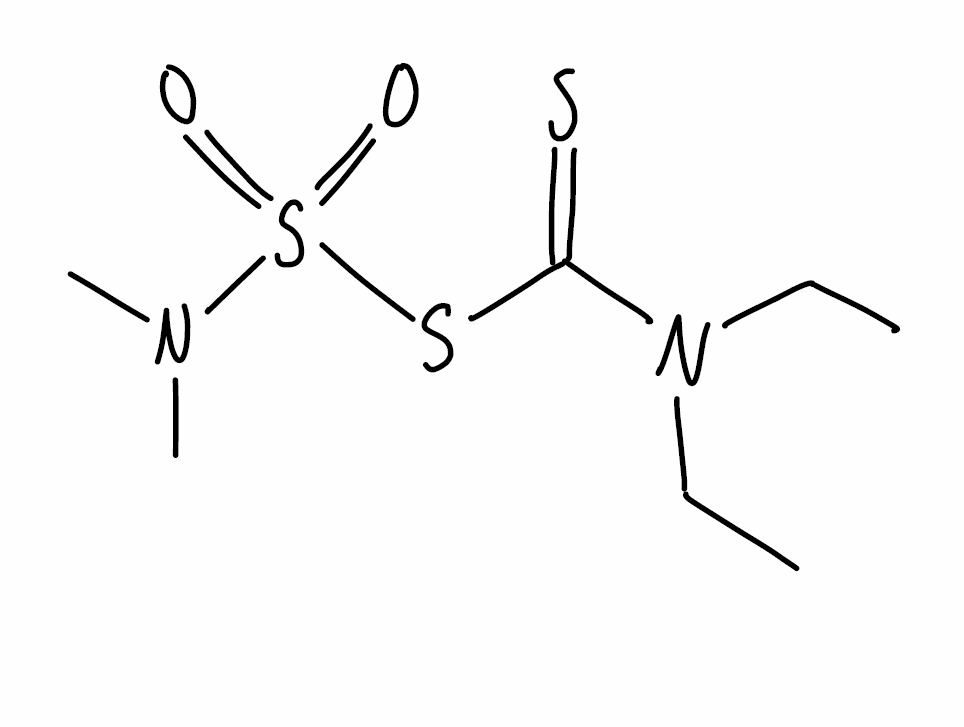
Simplified molecular-input line-entry system (SMILES) notation of the given molecule:
CCN(CC)C(=S)SS(=O)(=O)N(C)C